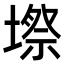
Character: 𭏥